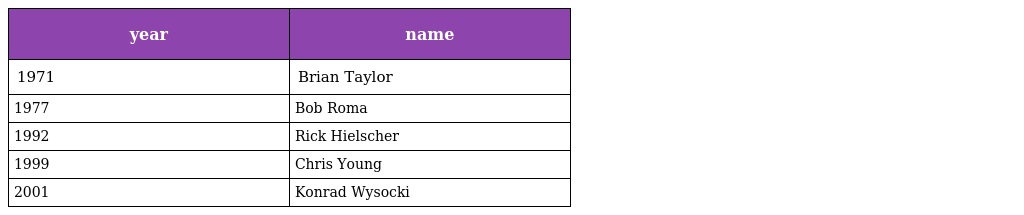
| year | name |
 | --- | --- |
 | 1971 | Brian Taylor |
 | 1977 | Bob Roma |
 | 1992 | Rick Hielscher |
 | 1999 | Chris Young |
 | 2001 | Konrad Wysocki |